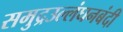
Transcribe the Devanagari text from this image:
समुद्रउल्लंघनबंदी